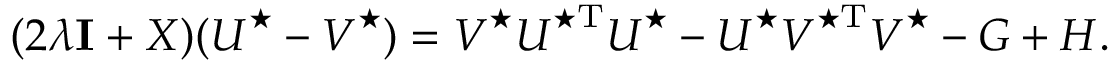
( 2 \lambda { \bf I } + \boldsymbol { X } ) ( \boldsymbol { U } ^ { \star } - \boldsymbol { V } ^ { \star } ) = \boldsymbol { V } ^ { \star } \boldsymbol { U } ^ { \star \mathrm { T } } \boldsymbol { U } ^ { \star } - \boldsymbol { U } ^ { \star } \boldsymbol { V } ^ { \star \mathrm { T } } \boldsymbol { V } ^ { \star } - \boldsymbol { G } + \boldsymbol { H } .